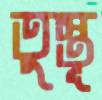
তুস্তূ